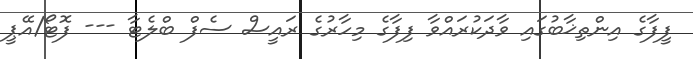
ފީފާގެ އިންތިޚާބުގައި ވާދަކުރައްވާ ފިފާގެ މިހާރުގެ ރައީސް ސެފް ބްލެޓާ --- ފޮޓޯ/އޭޕީ